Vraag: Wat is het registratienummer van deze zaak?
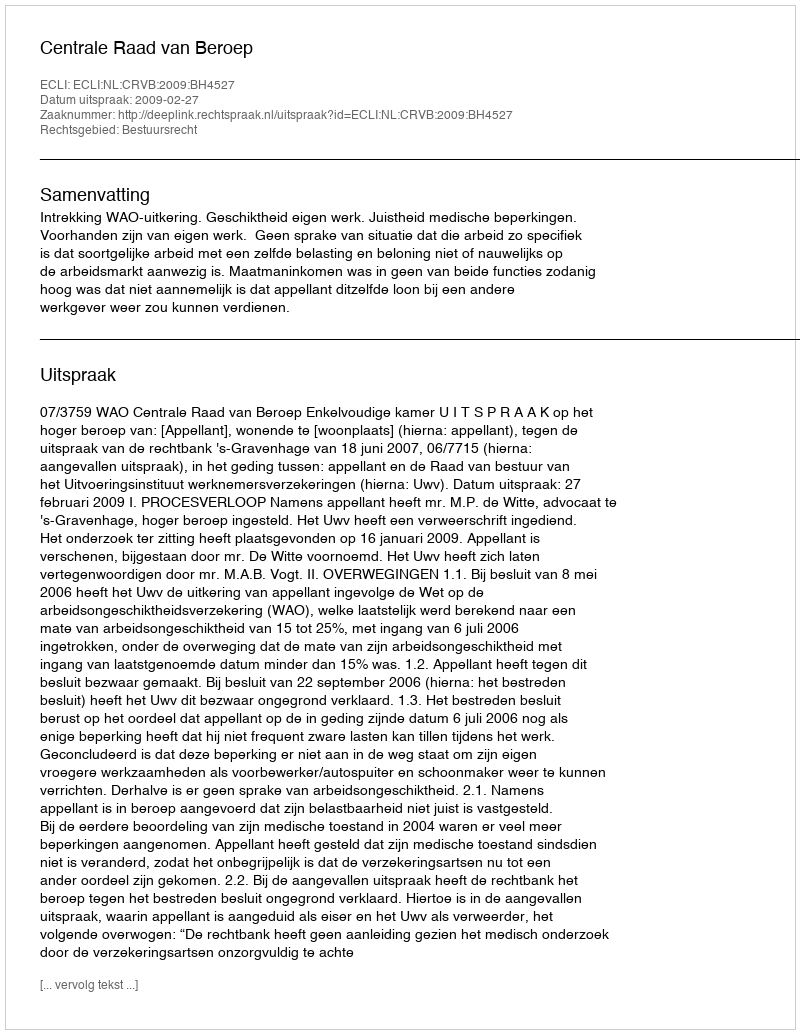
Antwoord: http://deeplink.rechtspraak.nl/uitspraak?id=ECLI:NL:CRVB:2009:BH4527